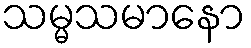
သမ္မသမာနော